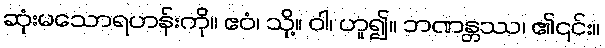
ဆုံးမသောရဟန်းကို။ ဧဝံ၊ သို့။ ဝါ၊ ဟူ၍။ ဘဏန္တဿ၊ ၏၎င်း။